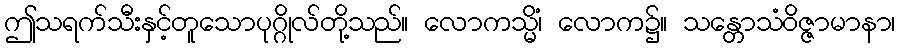
ဤသရက်သီးနှင့်တူသောပုဂ္ဂိုလ်တို့သည်။ လောကသ္မိံ၊ လောက၌။ သန္တောသံဝိဇ္ဇာမာနာ၊